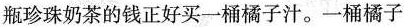
瓶珍珠奶茶的钱正好买一桶橘子汁。一桶橘子